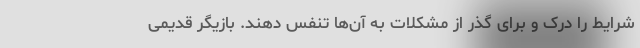
شرایط را درک و برای گذر از مشکلات به آن‌ها تنفس دهند. بازیگر قدیمی